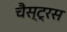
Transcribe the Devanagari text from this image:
चैस्ट्रस